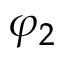
\varphi _ { 2 }